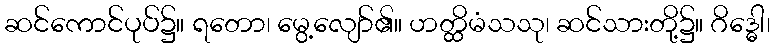
ဆင်ကောင်ပုပ်၌။ ရတော၊ မွေ့လျော်၏။ ဟတ္ထိမံသသု၊ ဆင်သားတို့၌။ ဂိဒ္ဓေါ၊